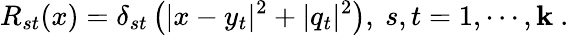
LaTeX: R_{st}(x)=\delta_{st}\left(|x-y_{t}|^{2}+|q_{t}|^{2}\right),~s,t=1,\cdots,\mathbf{k}~.